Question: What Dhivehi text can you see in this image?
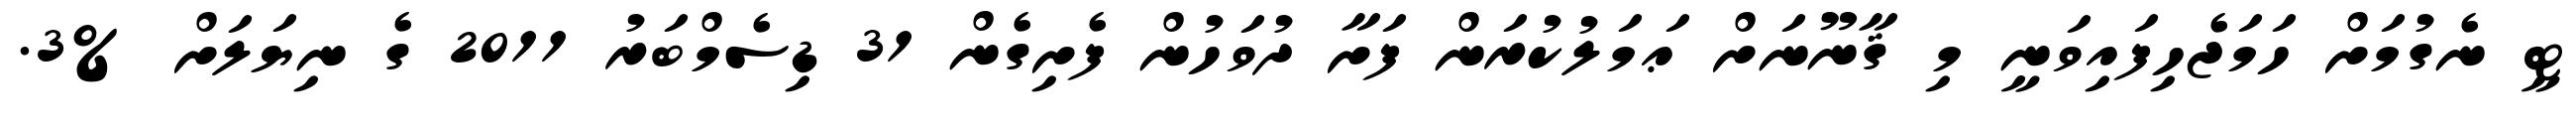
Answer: ޓީ ނެގުމަށް ހަމަޖެހިފައިވަނީ މި ޤާނޫނަށް ޢަމަލުކުރަން ފަށާ ދުވަހުން ފެށިގެން 31 ޑިސެމްބަރު 2011 ގެ ނިޔަލަށް %3.